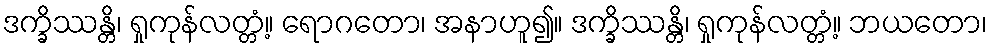
ဒက္ခိဿန္တိ၊ ရှုကုန်လတ္တံ့။ ရောဂတော၊ အနာဟူ၍။ ဒက္ခိဿန္တိ၊ ရှုကုန်လတ္တံ့။ ဘယတော၊